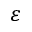
\varepsilon